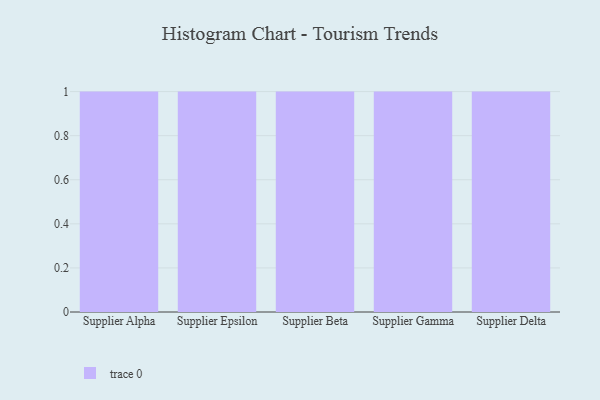
{"axis": {"x": "Supplier", "y": "Population (Million)"}, "legend": [""], "data": [{"x": "Supplier Alpha", "y": 68, "type": ""}, {"x": "Supplier Epsilon", "y": 53, "type": ""}, {"x": "Supplier Beta", "y": 55, "type": ""}, {"x": "Supplier Gamma", "y": 79, "type": ""}, {"x": "Supplier Delta", "y": 90, "type": ""}]}